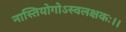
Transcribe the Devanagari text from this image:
नास्तियोगोऽस्वलक्षकः।।